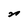
Character: n